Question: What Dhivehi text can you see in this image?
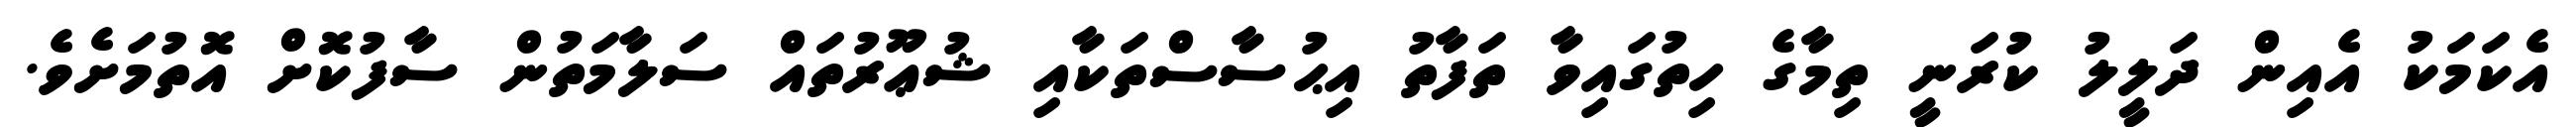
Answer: އެކަމަކު އެއިން ދަލީލު ކުރަނީ ތިމާގެ ހިތުގައިވާ ތަފާތު އިޙުސާސްތަކާއި ޝުޢޫރުތައް ސަލާމަތުން ސާފުކޮށް އޮތުމަށެވެ.